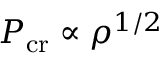
P _ { \mathrm { c r } } \propto \rho ^ { 1 / 2 }